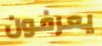
يعرفون